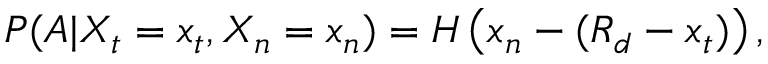
P ( A | X _ { t } = x _ { t } , X _ { n } = x _ { n } ) = H \left( x _ { n } - ( R _ { d } - x _ { t } ) \right) ,